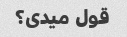
قول میدی؟